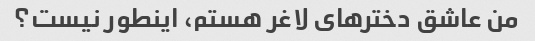
من عاشق دخترهای لاغر هستم، اینطور نیست؟